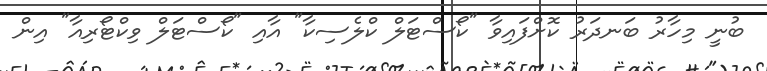
ބުނީ މިހާރު ބަނދަރު ކޮށްފައިވާ "ކޯސްޓަލް ކްލެސިކާ" އާއި "ކޯސްޓަލް ވިކްޓޯރިއާ" އިން